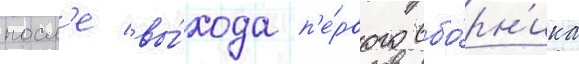
посл'е вы́хода п'е́рвого сбо́рн'ика